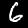
Digit: 6